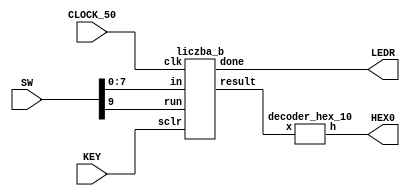
module liczba_bitow(
		input [9:0] SW,
		input CLOCK_50,
		input [0:0] KEY,
		output [0:6] HEX0,
		output [9:9] LEDR);
		
	wire [3:0] result;
	
	liczba_b x0(SW[7:0], CLOCK_50, KEY[0:0],SW[9], result[3:0], LEDR[9:9]);
	
	decoder_hex_10 dec(result, HEX0);
	
endmodule

module liczba_b(
		input [7:0] in,
		input clk,
		input sclr,
		input run,
		output reg [3:0] result,
		output reg done);
		
   
   reg [1:0] state,next;
	reg [7:0] A;
	localparam 
		s0=2'b00,
		s1=2'b01,
		s2=2'b10,
		s3=2'b11;
	always @(posedge clk, negedge sclr)
		if (~sclr) 	
			state <= s0;
		else		
			state <= next;	
	
	always @(*)
		begin
		if(run)
			begin
				case (state)
					s0: next = s1;
					s1: 
						begin
							result=0; 
							if (~sclr)
								begin
									A=in;
									next = s1;
								end
							else
								begin
									next=s2;
								end
						end	
					s2: 
						begin
							A=A>>1;
							if(A==0)
								begin
									next=s3;
								end
							else
								begin
									if(A[0]==1)
										begin
											result=result+1;
										end
									next=s2;
								end
						end
					s3: 
						begin
							done=1;
							if(~sclr)
								begin
									next=s0;
									done = 0;
								end
							else
								begin
									next=s3;
								end
						end
					default: next = s0;
				endcase
			end
		end
endmodule

module decoder_hex_10(
							input [3:0] x,
							output reg [0:6] h);
		
		always @(*)
		casex(x)
			4'd0: h=7'b0000001;
			4'd1: h=7'b1001111;
			4'd2: h=7'b0010010;
			4'd3: h=7'b0000110;
			4'd4: h=7'b1001100;
			4'd5: h=7'b0100100;
			4'd6: h=7'b0100000;
			4'd7: h=7'b0001111;
			4'd8: h=7'b0000000;
			4'd9: h=7'b0000100;
			default: h=7'b1111111;
		endcase
		
endmodule